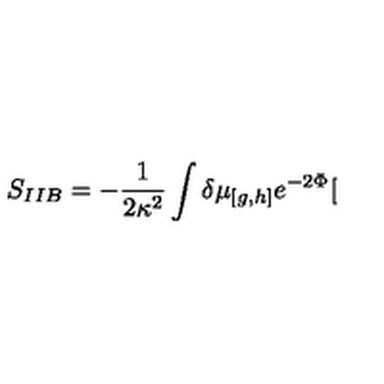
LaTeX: S _ { I I B } = - \frac { 1 } { 2 \kappa ^ { 2 } } \int \delta \mu _ { \lbrack g , h ] } e ^ { - 2 \Phi } [